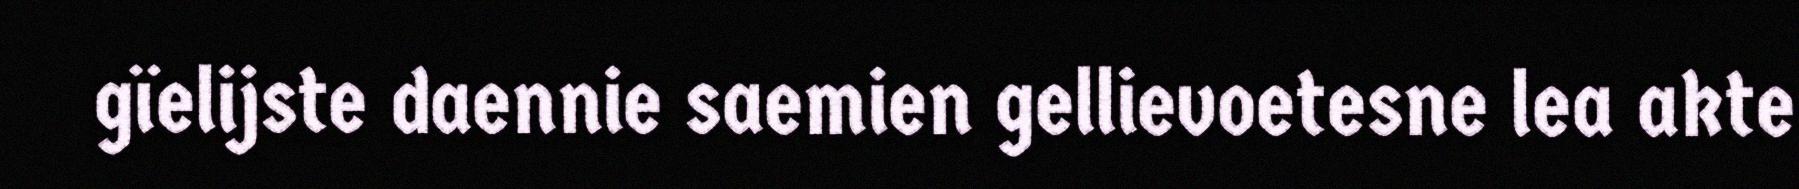
gïelijste daennie saemien gellievoetesne lea akte